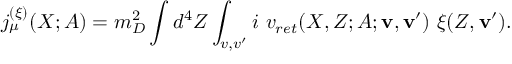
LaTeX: j _ { \mu } ^ { ( \xi ) } ( X ; A ) = m _ { D } ^ { 2 } \int d ^ { 4 } Z \int _ { v , v ^ { \prime } } i \ v _ { r e t } ( X , Z ; A ; { \mathbf v } , { \mathbf v } ^ { \prime } ) \ \xi ( Z , { \mathbf v } ^ { \prime } ) .